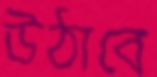
উঠাবে